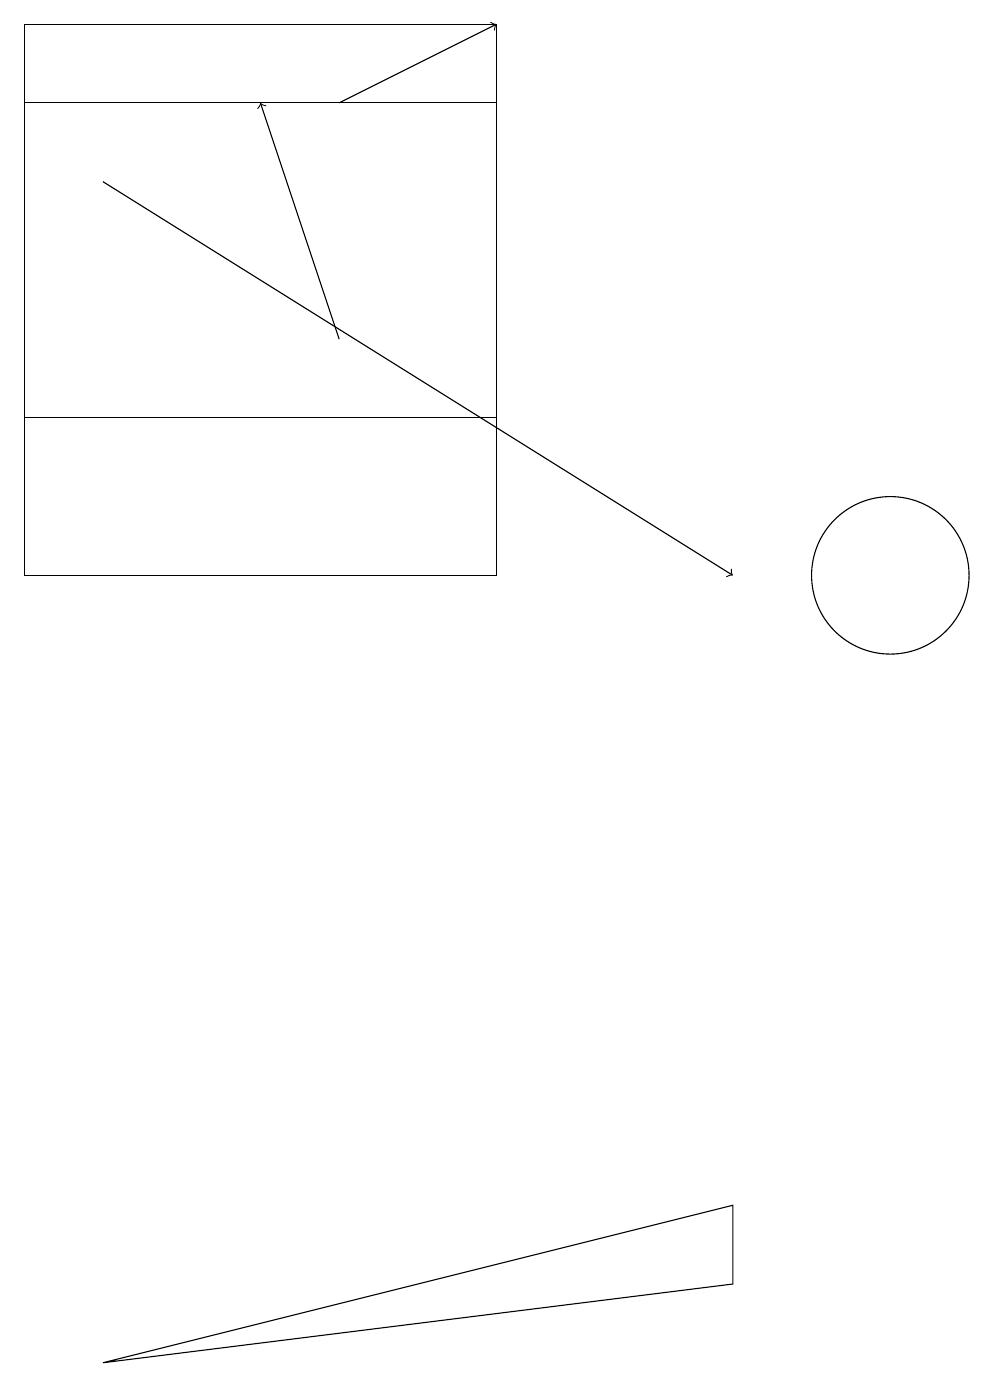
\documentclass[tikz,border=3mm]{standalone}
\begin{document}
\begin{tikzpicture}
\draw[->] (4,14) -- (3,17);
\draw[->] (1,16) -- (9,11);
\draw (0,17) rectangle (6,13);
\draw (6,18) rectangle (0,11);
\draw (11,11) circle (0);
\draw (11,11) circle (1);
\draw[->] (4,17) -- (6,18);
\draw (9,3) -- (1,1) -- (9,2) -- cycle;
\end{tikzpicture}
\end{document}